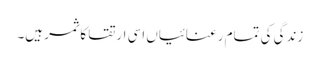
زندگی کی تمام رعنائیاں اسی ارتقا کا ثمر ہیں۔